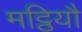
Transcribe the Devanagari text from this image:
मट्ठियौ